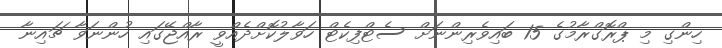
ހިންގި މި ޕްރޮގްރާމުގެ 15 ބައިވެރިންނަށް ސެޓްފިކެޓް ހަވާލުކޮށްދެއްވީ ރާއްޖޭގައި ހުންނަވާ ޗައިނާ